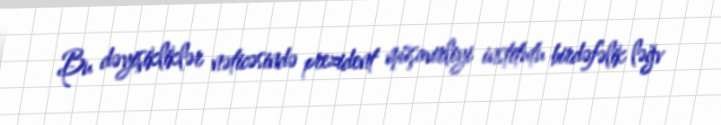
Bu dəyişikliklər nəticəsində prezident müşavirliyi institutu birdəfəlik ləğv